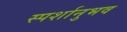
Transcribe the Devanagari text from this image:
स्पर्शानुभव